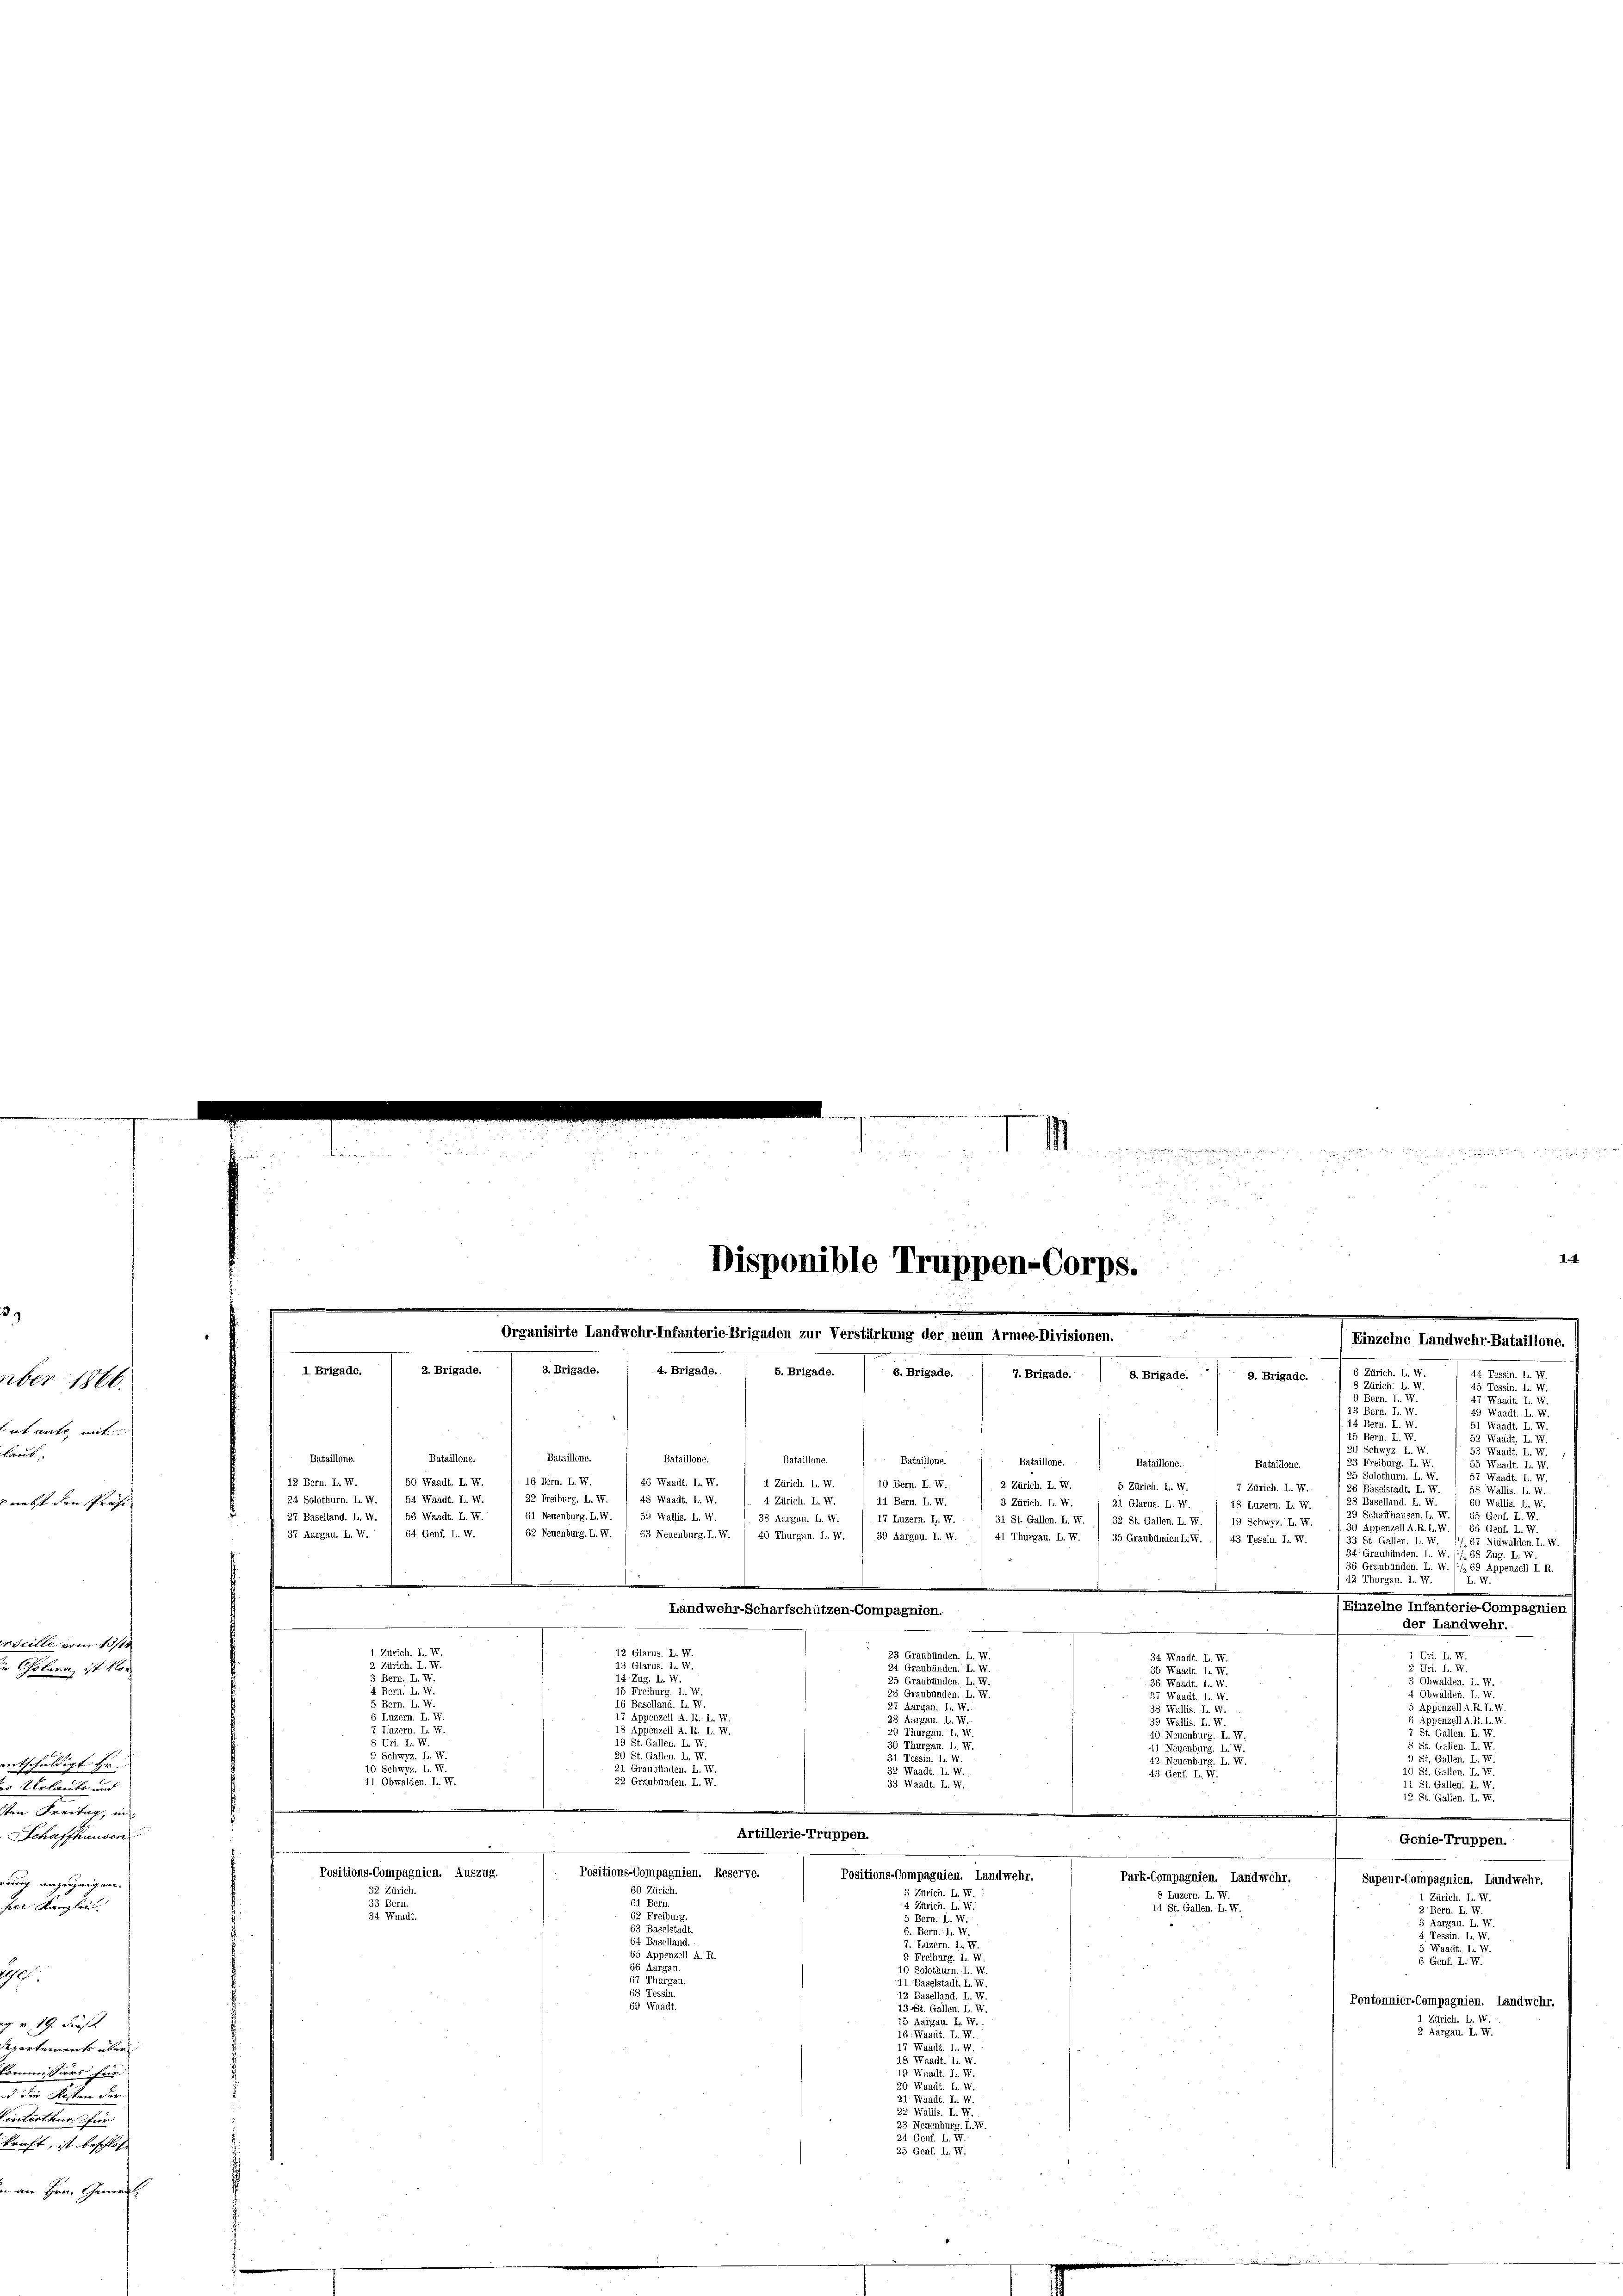
.

uterthur f
raft, ist beschlo
u Hrn. General¬

.

2
n
e

Disponible Truppen-Corps.

Organisirte Landwehr-Infanterio-Brigaden zur Verstürkung der neun Armee-Divisionen.
Eir
3. Brigade. ( 3. Brigade. ; 4. Brigade. : S. Brigade. ( s. Brigade. . 1 7.Brigade.
1. Brigade.
8. Brigade.
9. Brigade.

. . . . .

Bataillone.
Bataillone.
Bataillone.
Bataillone.
Bataillone.
Bataillone.
Bataillone.
Bataillone.
Bataillone.
50 Waadt. I. I
46 Waadt. I. W.
16 Fern. L. IV.
1 Zürich. L. W
12 Bern. L. W.
10 Bern. L. V
2 Zürich. L. W.
5 Zürich. L. IV
7 Zürich. I. V
2
24. Solothurn. L. N. / 54 Waadt. L. W.
32 Freiburg, L. IV
48 Waadt. I. IV.
4 Zürich. L. W.
11 Bern. L. W.
3 Zürich. L. W.
21 Glarus. I. II.
18 Luzern. I. 18
61 Neuenburg. L. W. / 59 Wallis. L. T.
27 Baselland. L. W. / 56 Waadt. L. W.
38 Aargau. L. W. /. 17 Luzern. I
31 St. Gallen. L. W. / 32 St. Gallen. L. W. / 19 Schwyz. L. W.
37 Aargau. L. W. / 64 Genf. L. W.
62 Neuenburg. L. N. 1 63 Neuenburg. I. W. 1 40. Thurgau. I. W. 1 39 Aargau. L. IV.
41 Thurgau. L. W
u
35 Graubünden L. N. ./ 43 Tessin. Hr. W.
Landwehr-Scharfschützen-Compagnien.
der Landwehr.
12 Glarus. L. V
Zürich. I. 74
23 Graubünden. L.
Cri. L. 18
34 Waadt. I.
Glarus. I. 74.
2. Zürich. L. V.
5
Graubünden. L. V
55 Waadt. I.
Bern
d
4 Zug. L. V
Graubünden.
5 Obwalden, I. I
36 Waadt. I.
Freiburg. I.
4 Bern. L. V
4 Obwalden. L. W
Graubünden. I
37 Waadt. II. M
5 Bern. L. V
6 Baselland. L. N.
74.
rgau. II. W
inzell A. R.
38 Wallis. I
6 Luzern. I
17 Appenzell A.
ppenzell A. R. I
Aargau. I. I
Wallis. I
a
Luzern. L.
8 Appenzell A.
1. I. 7
St. Gallen. II. M
40 Neuenburg. L.
s Fri. I.
Gällen. I
r
5
2 St. Gallen.
1 Neuenburg. L. V
Ayz. I. W.
St. Gallen. I
St. Gallen. L. V
IV.
42 Neuenburg. L. W.
10 Schwyz. I. 17
Graubünden. L.
a
10 St. Gallen. I. W.
11 Obwalden. L. W.
22 Graubünden. L. W.
Waadt. B. W.
St. Gallen. I
e
12. St. Gallen. L. V.
Artillerie-Truppen.
Genie-Truppen.
Positions-Compagnien. Auszug.
Positions-Compagnien. Reserve.
Positions-Compagnien. Landwehr.
Park-Compagnien. Landwehr.
Sapeur-Compagnien. Landwehr.
60 Zürich.
32 Zürich
3 Zürich. L.
Luzern. L.
1 Zürich. I.
61 Be
Bern.
4 Zürich. L.
33
14 St. Gallen. L. W.
Bern. L.
.
34 Waadt.
ern. L. V
reiburg.
argau.
63 Baselstadt.
B. Bern. J.
4. Tessin. I.
64 Baselland.
uzern. L. VII.
5 Waadt. I. V
65 Appeti
A. F.
Freiburg. I
6 Genf. L. W.
56 Aargau.
10 Solothurn. I
Thurga
Baselstadt, L. W.
158 Tess
aselland. L. VI
Pontonnier-Compagnien. Landwehr.
63 Waad
13 St. Gallen.
IV.
Zürich. I
Aar
2 Aargau. L. W.
.Mai d.
Waadt. I.
.
18 Waadt.
19 Waadt. I.
12
u
Wallis. I
s Neuenburg. L. W.
24 Genf. L. W
25 Genf. I. W.

43 Genf. L.

13 Bern. I. 7
: Bern. L.
Bern. L. V
s

6 Zürich. L. W
44 Tessin. L. V
8 Zürich. I. W.
45 Tessin. L.
ern. L. S
44 Waadt. I.
49 Waadt. L. W.
Waadt.
52 Waadt. I.
53 Waadt. I
5 Waad
25 Solothurn. L.
Baselstadt. I
a
28 Baselland. L. Nr.
60
29 Schaffhausen. I
Appenzell A.R. I. W. 1. 66 Genf. L. W.
I. 1
67 Nidw
L. I.
.
55 Zug.
n. I
36 Graubünder
penzell I. R
2 Thurgau. I. 7
s
Einzelne Infanterie-Compagnien

30 Schwyz. L. V
23 Freiburg. L. 77

.

wehr. S